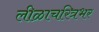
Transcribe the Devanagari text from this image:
लीळाचरित्रभर